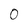
Character: 0